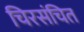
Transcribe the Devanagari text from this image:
चिरसंचित